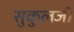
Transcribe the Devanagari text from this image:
सुकुलजी